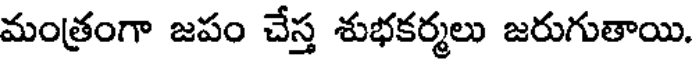
మంత్రంగా జపం చేస్త శుభకర్మలు జరుగుతాయి.